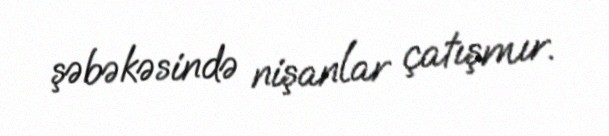
şəbəkəsində nişanlar çatışmır.